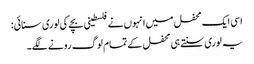
اسی ایک محفل میں انہوں نے فلسطینی بچے کی لوری سنائی:
یہ لوری سنتے ہی محفل کے تمام لوگ رونے لگے۔